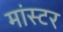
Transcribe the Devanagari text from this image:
मांस्टर